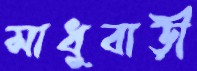
সাধুবাড়ী